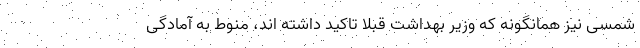
شمسی نیز همانگونه که وزیر بهداشت قبلا تاکید داشته اند، منوط به آمادگی